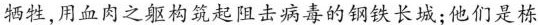
牺牲，用血肉之躯构筑起阻击病毒的钢铁长城；他们是栋